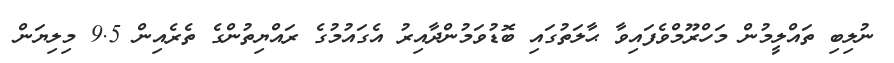
ނުލިބި ތައްލީމުން މަހްރޫމްވެފައިވާ ޙާލަތުގައި ބޮޑުވަމުންދާއިރު އެގައުމުގެ ރައްޔިތުންގެ ތެރެއިން 9.5 މިލިޔަން